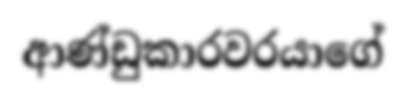
ආණ්ඩුකාරවරයාගේ